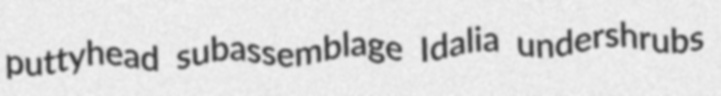
puttyhead subassemblage Idalia undershrubs